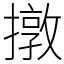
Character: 撴